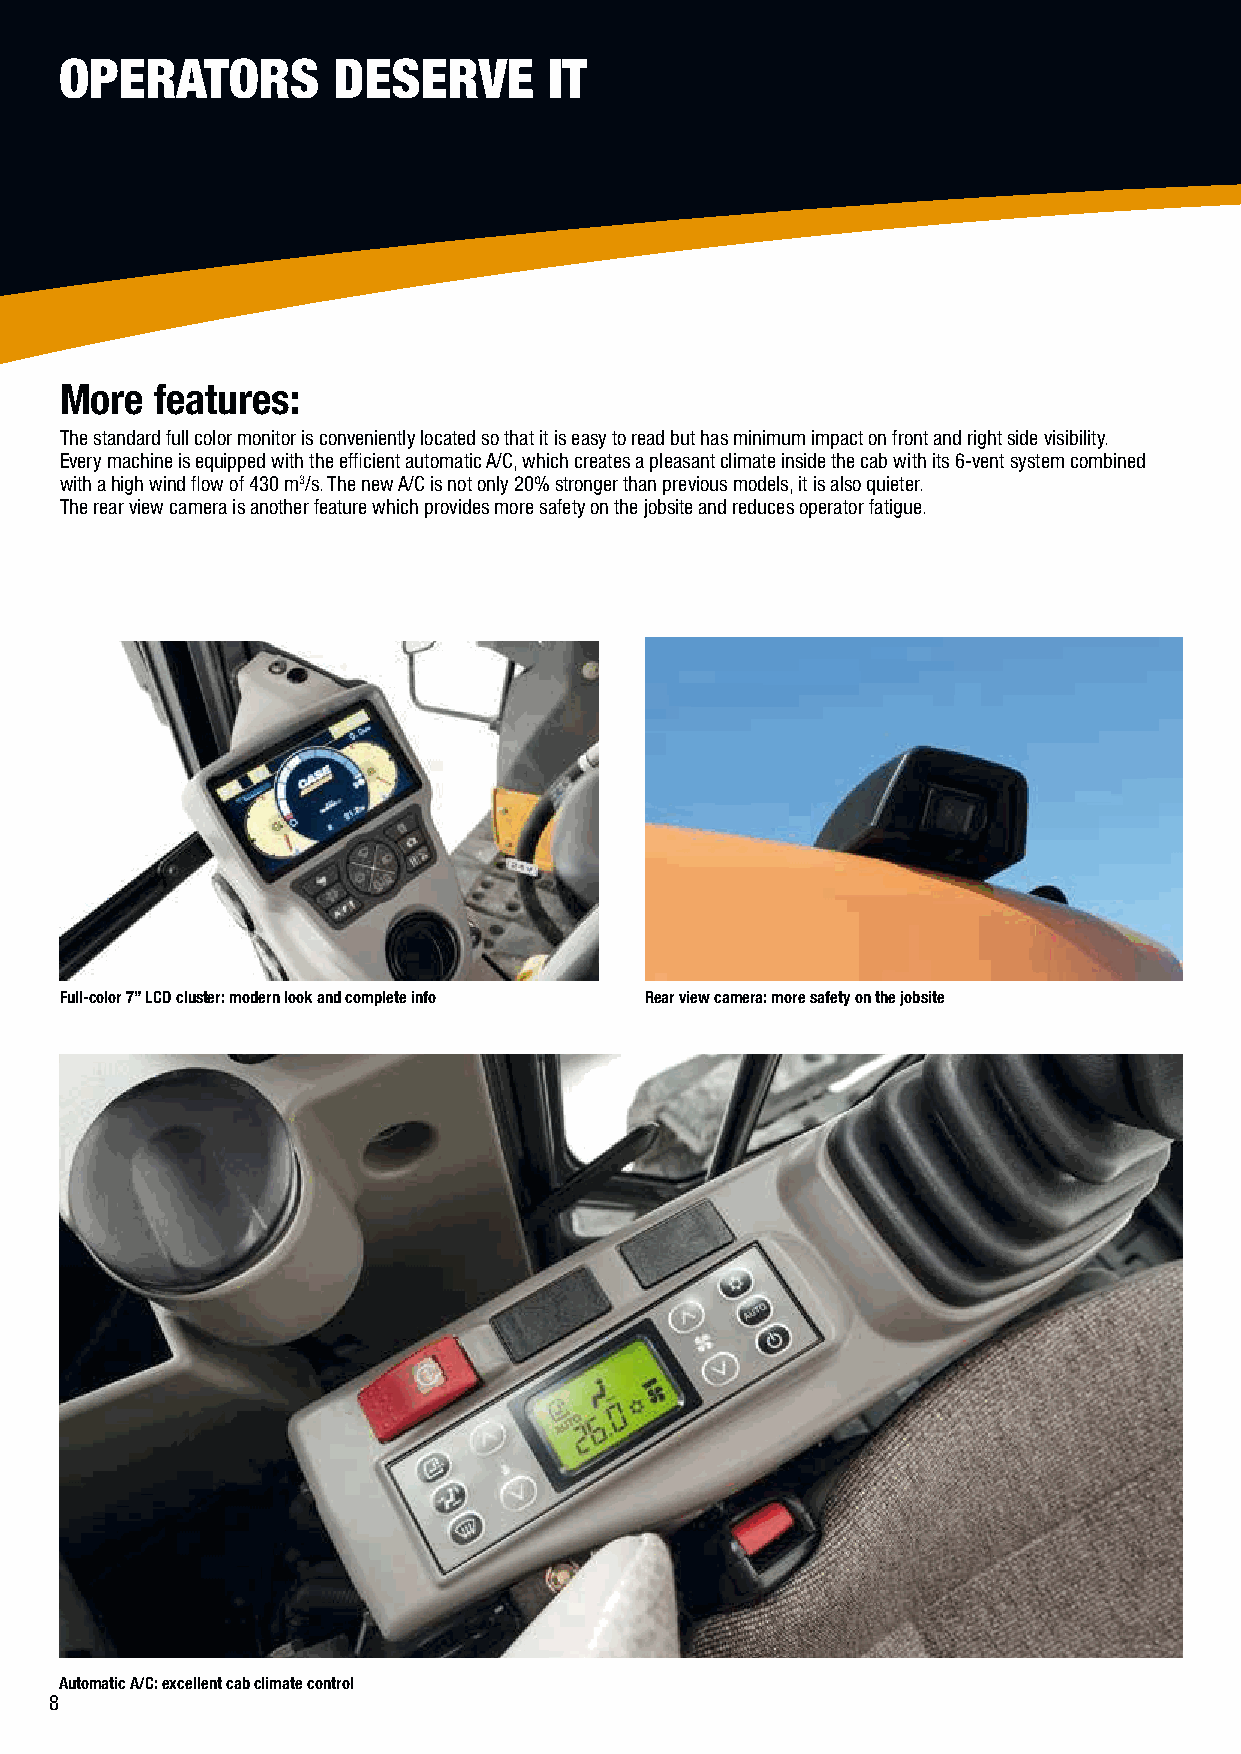
OPERATORS         DESERVE       IT
 More  features:
 The standard full color monitor is conveniently located so that it is easy to read but has minimum impact on front and right side visibility.
 Every machine is equipped with the efficient automatic A/C, which creates a pleasant climate inside the cab with its 6-vent system combined
 with a high wind flow of 430 m3/s. The new A/C is not only 20% stronger than previous models, it is also quieter.
 The rear view camera is another feature which provides more safety on the jobsite and reduces operator fatigue.
 Full-color 7” LCD cluster: modern look and complete info Rear view camera: more safety on the jobsite
 Automatic A/C: excellent cab climate control
 88888